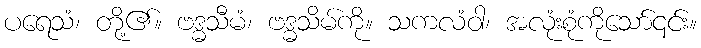
ပရေသံ၊ တို့၏။ ဗဒ္ဓသီမံ၊ ဗဒ္ဓသိမ်ကို။ သကလံဝါ၊ အလုံးစုံကိုသော်၎င်း။